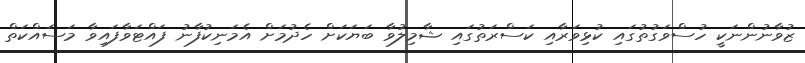
ޒުވާނުންނަކީ ހުސްވަގުތުގައި ކުޅިވަރާއި ކަސްރަތުގައި ޝާމިލުވާ ބަޔަކަށް ހެދުމަށް އެމަނިކުފާނު ފައްޓަވާފައިވާ މަސައްކަތް